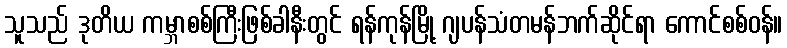
သူသည် ဒုတိယ ကမ္ဘာစစ်ကြီးဖြစ်ခါနီးတွင် ရန်ကုန်မြို့ ဂျပန်သံတမန်ဘက်ဆိုင်ရာ ကောင်စစ်ဝန်။